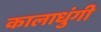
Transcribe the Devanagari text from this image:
कालाधुंगी